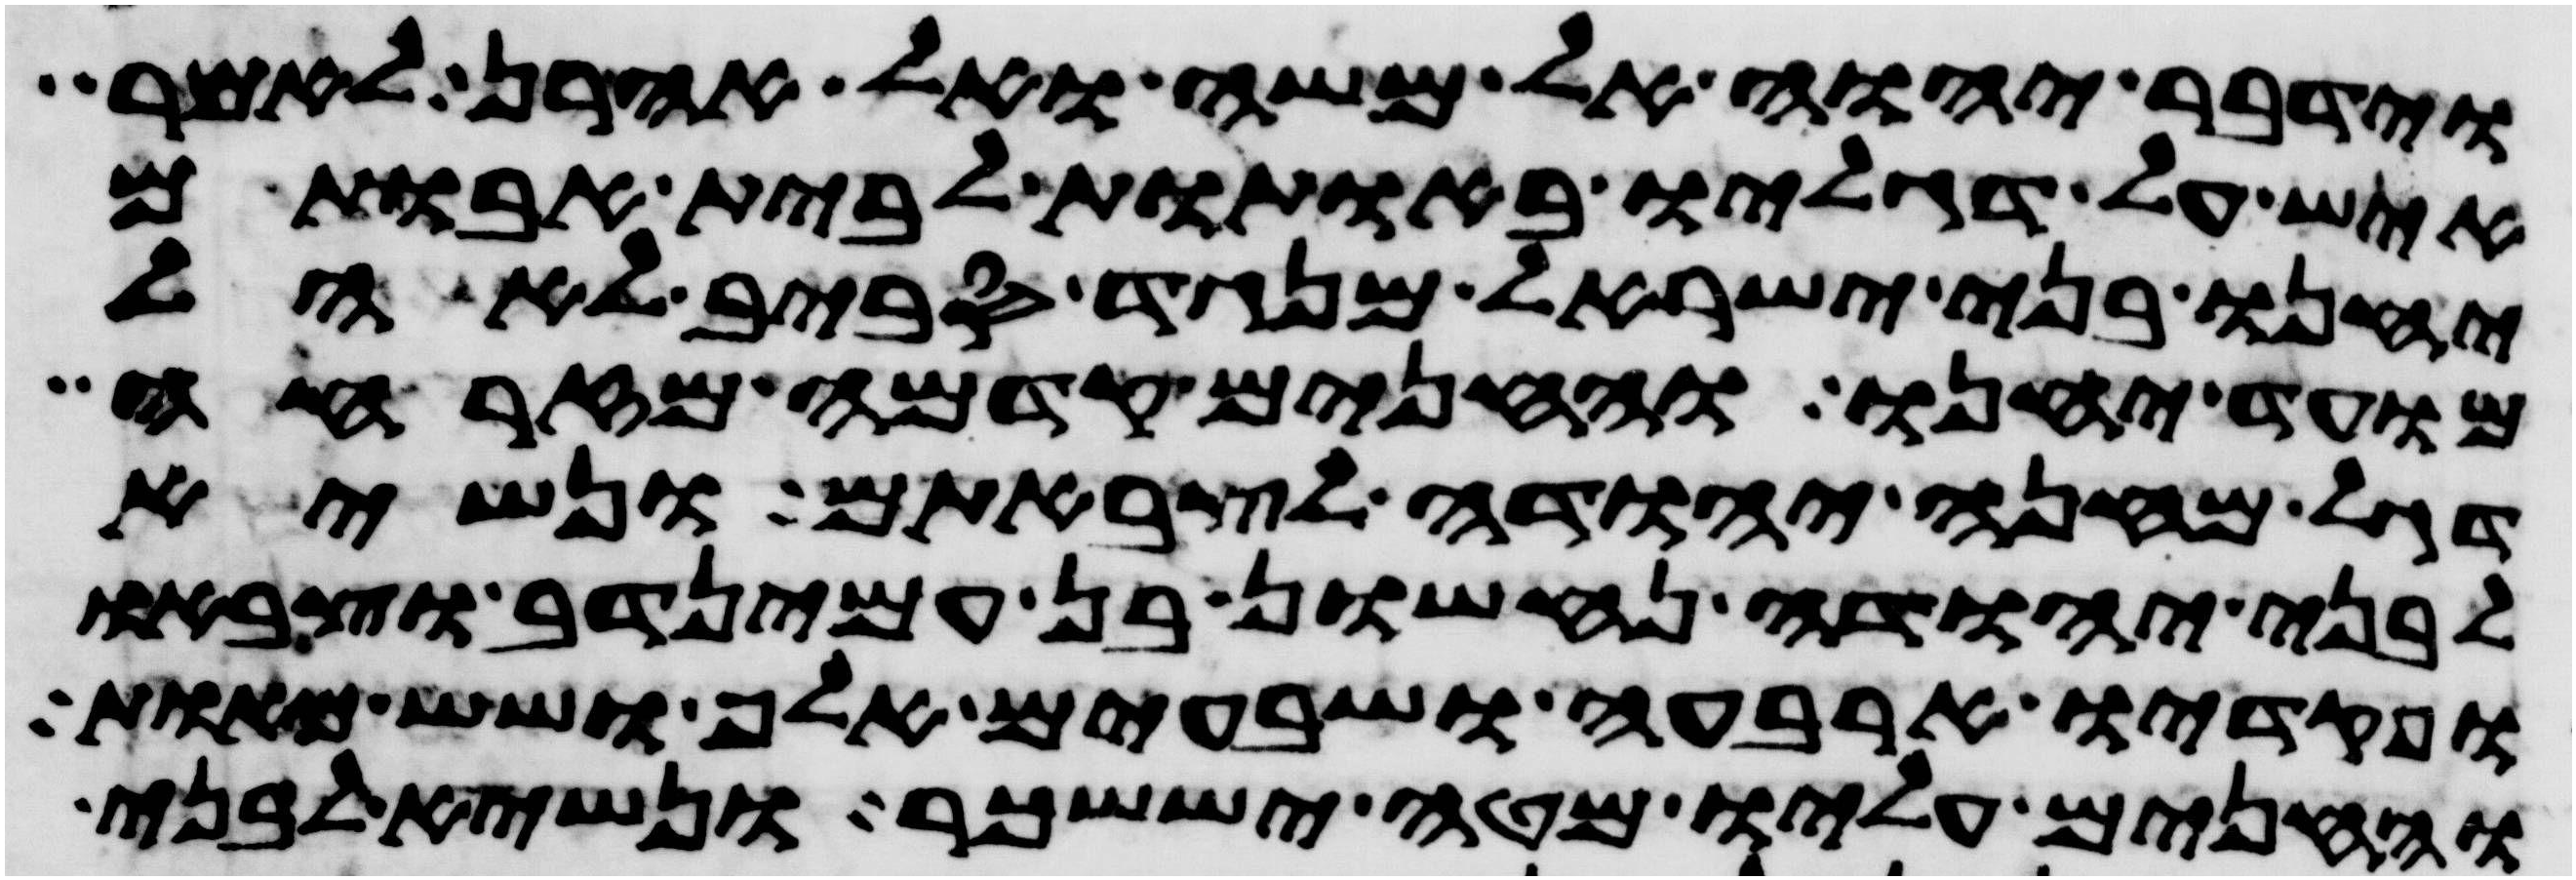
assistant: וידבר יהוה אל משה ואל אהרן לאמר
איש על דגליו באתות לבית אבותם
יחנו בני ישראל מנגד סביב לאהל
מועד יחנו והחנים קדמה מזרחה
דגל מחנה יהודה לצבאתם ונשיא
לבני יהודה נחשון בן עמינדב וצבאו
ופקדיו ארבעה ושבעים אלף ושש מאות
והחנים עליו מטה יששכר ונשיא לבני